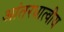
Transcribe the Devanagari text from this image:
आंतरधात्वीय